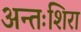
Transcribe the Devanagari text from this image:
अन्तःशिरा